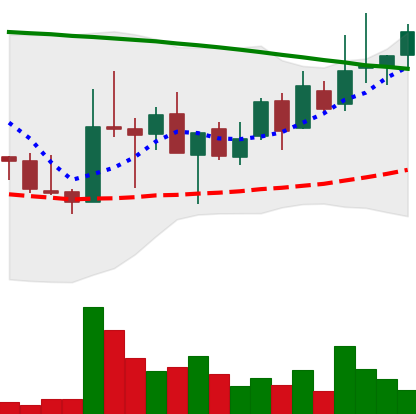
Ticker: LINK-USD
Chart end date: 2018-08-24
Forward return: -8.375%
Label: down_7plus